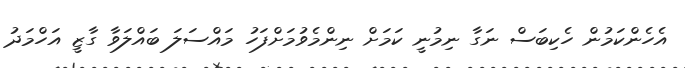
އެހެންކަމުން ހެކިބަސް ނަގާ ނިމުނީ ކަމަށް ނިންމެވުމަށްފަހު މައްސަލަ ބައްލަވާ ގާޒީ އަހްމަދު